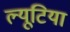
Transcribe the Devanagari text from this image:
ल्यूटिया